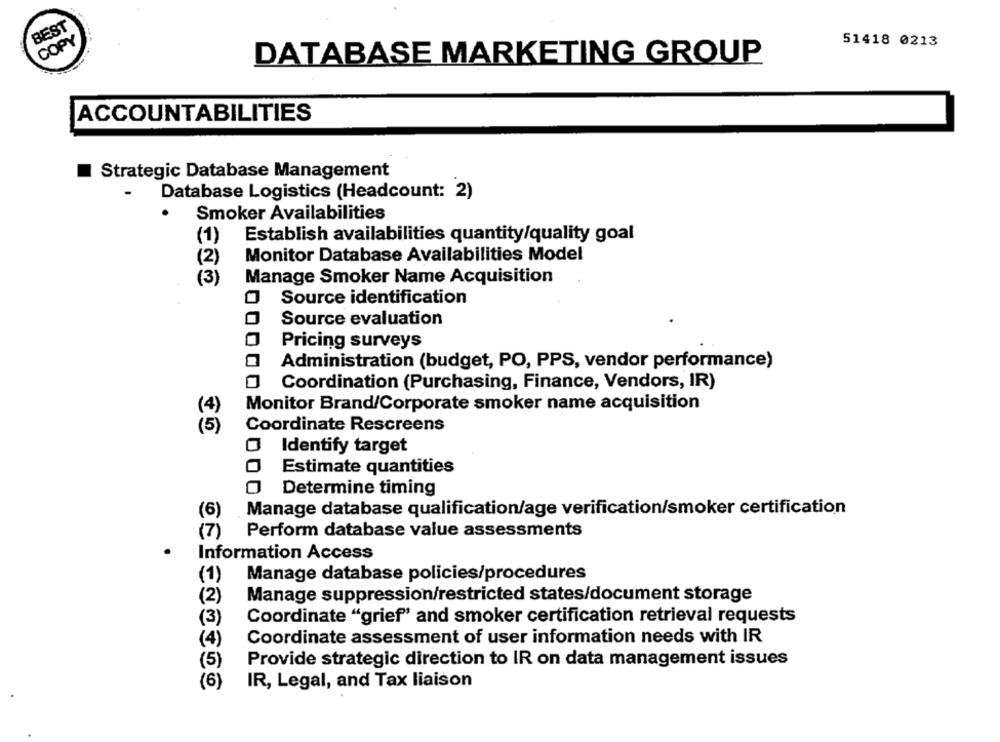
BEST
COPY
51418 0213
DATABASE MARKETING GROUP
ACCOUNTABILITIES
Strategic Database Management
Database Logistics (Headcount: 2)
Smoker Availabilities
Establish availabilities quantity/quality goal
(1)
(2)
Monitor Database Availabilities Model
(3)
Manage Smoker Name Acquisition
Source identification
Source evaluation
Pricing surveys
Administration (budget, PO, PPS, vendor performance)
Coordination (Purchasing, Finance, Vendors, IR)
Monitor Brand/Corporate smoker name acquisition
(4)
Coordinate Rescreens
Identify target
Estimate quantities
O Determine timing
(6)
Manage database qualification/age verification/smoker certification
Perform database value assessments
(7 )
Information Access
(1)
Manage database policies/procedures
(2)
Manage suppression/restricted states/document storage
(3)
Coordinate "grief" and smoker certification retrieval requests
(4)
Coordinate assessment of user information needs with IR
(5)
Provide strategic direction to IR on data management issues
(6)
IR, Legal, and Tax liaison